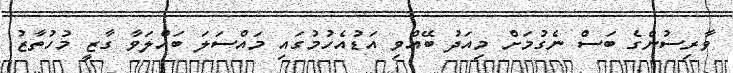
ވާރިސުންގެ ބަސް ނެގުމަށް މިއަދު ބޭއްވި އަޑުއެހުމުގައި މައްސަލަ ބައްލަވާ ގާޒީ މުހުތާޒު